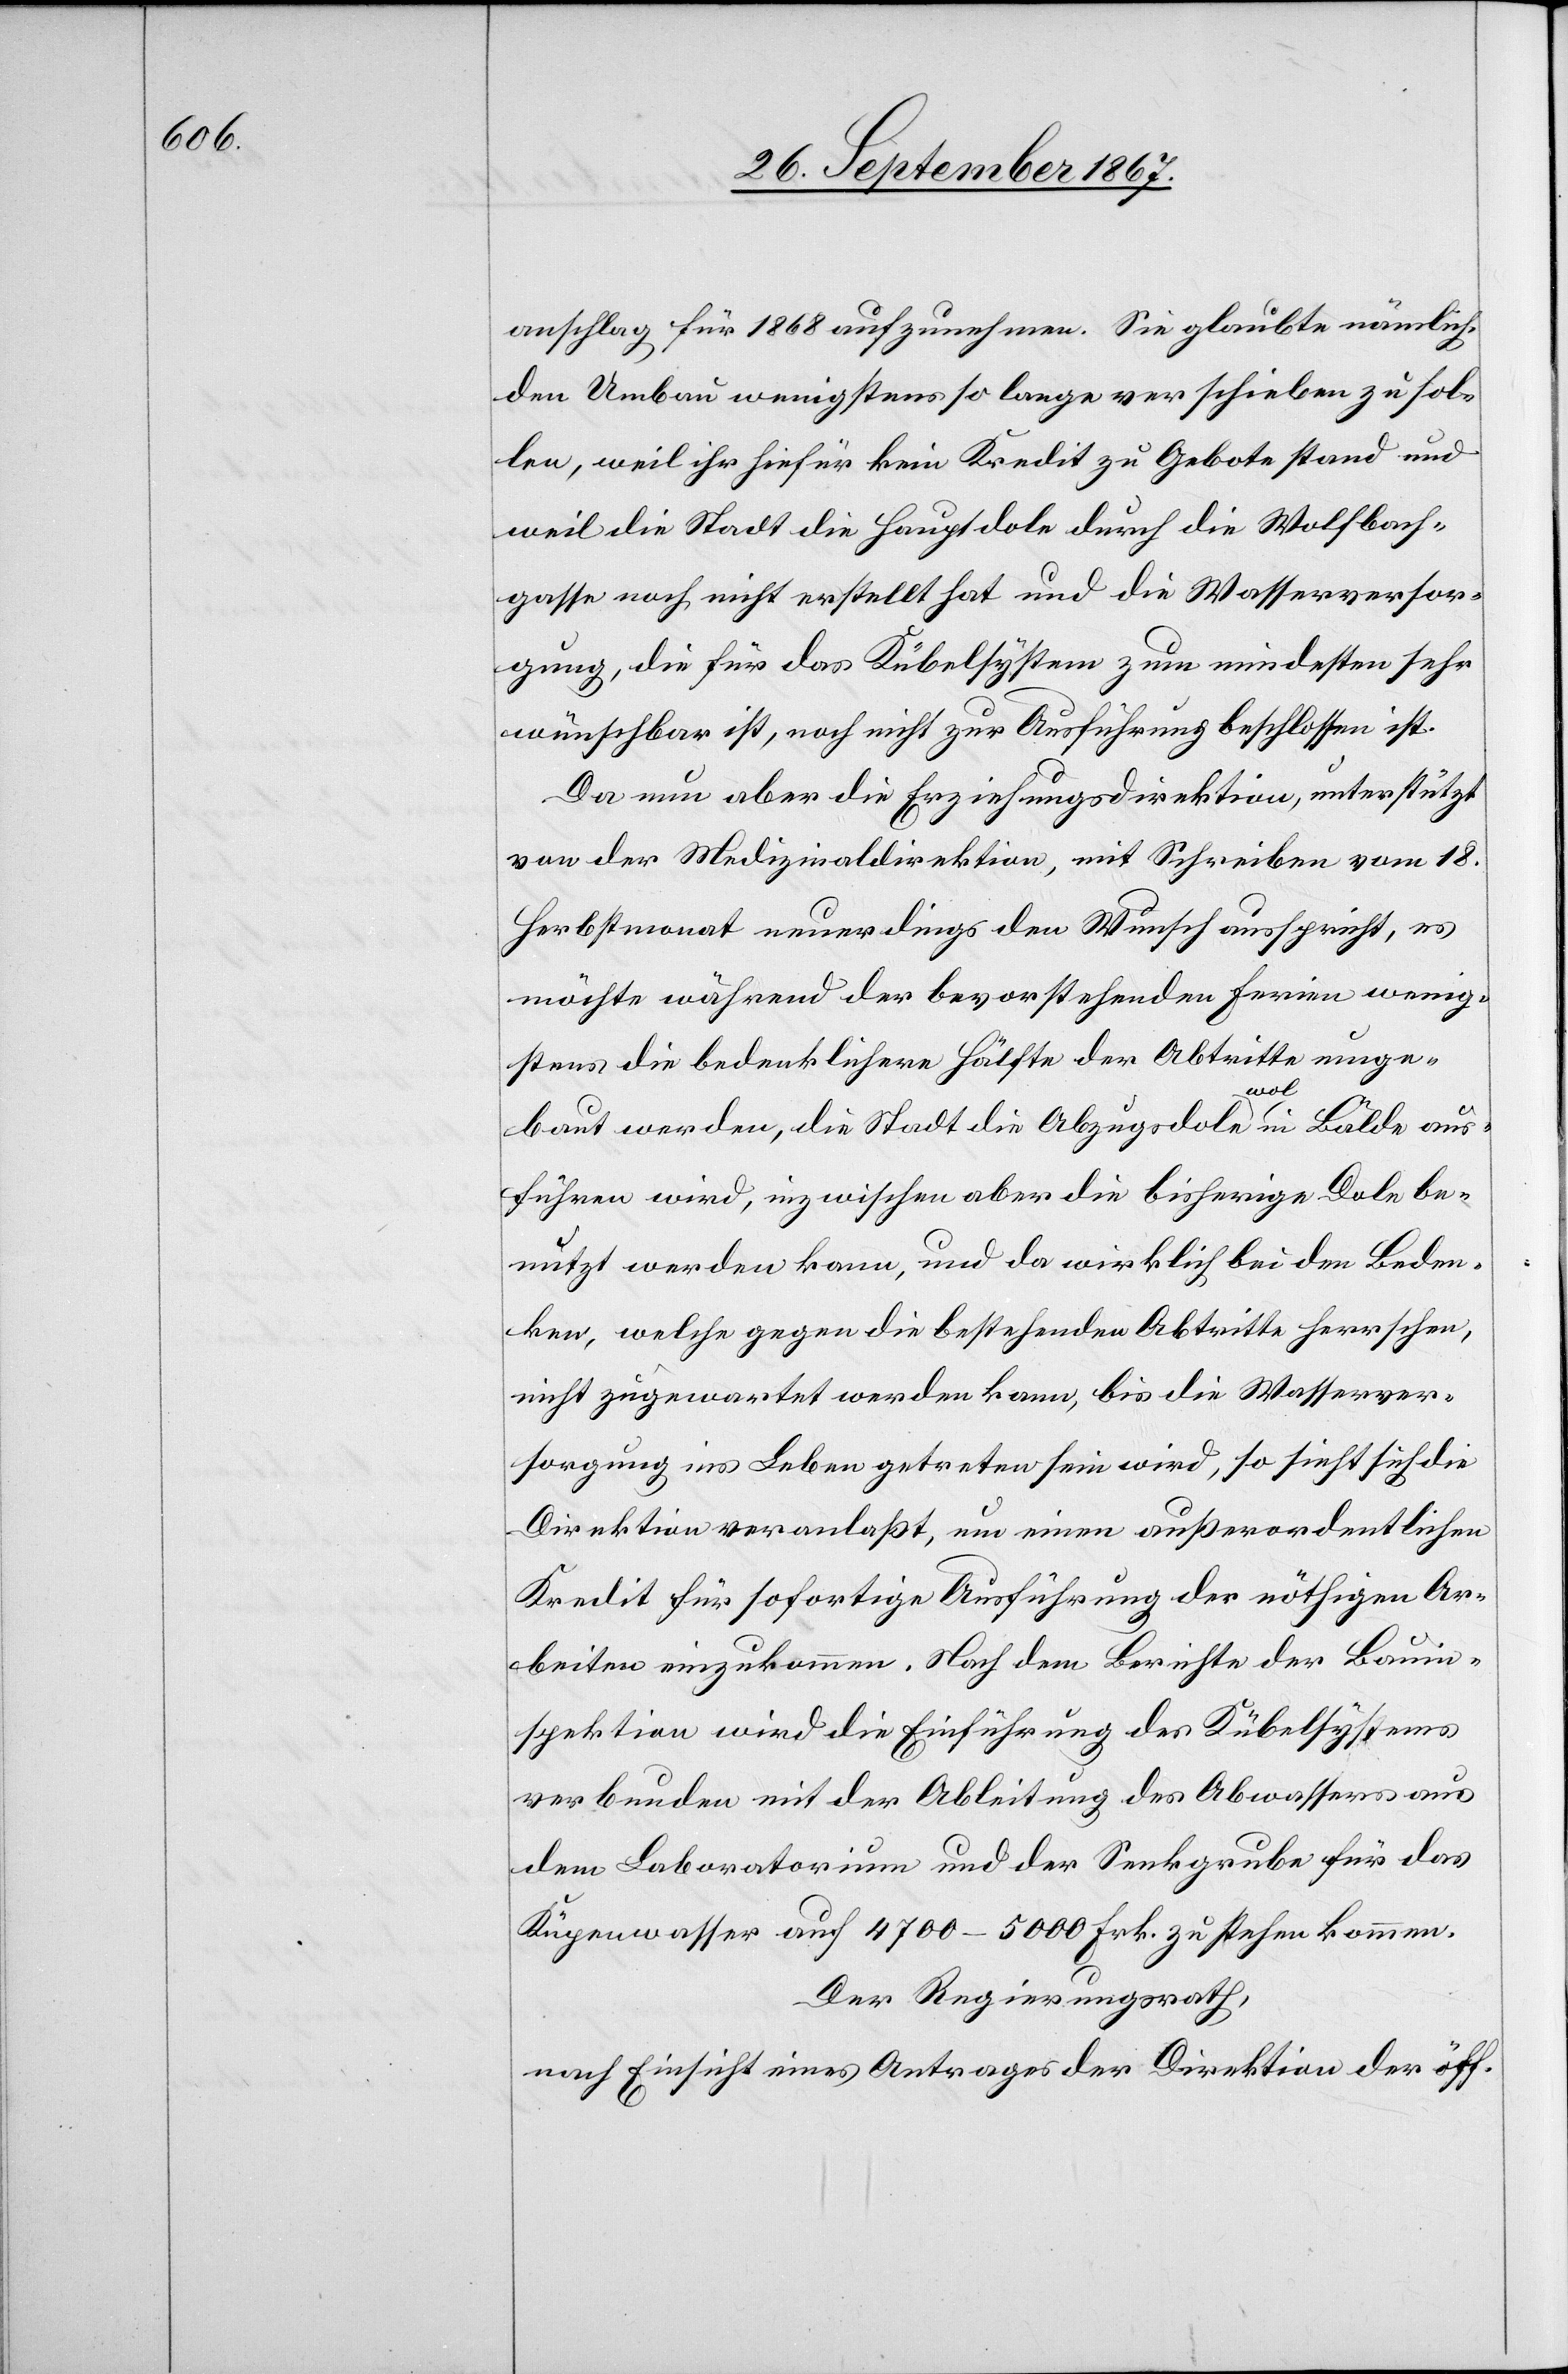
anschlag für 1868 aufzunehmen. Sie glaubte nämlich
den Umbau wenigstens so lange verschieben zu sol¬
len, weil ihr hiefür kein Kredit zu Gebote stand und
weil die Stadt die Hauptdole durch die Wolfbach¬
gasse noch nicht erstellt hat und die Wasserversor¬
gung, die für das Kübelsystem zum mindesten sehr
wünschbar ist, noch nicht zur Ausführung beschlossen ist.
Da nun aber die Erziehungsdirektion, unterstützt
von der Medizinaldirektion, mit Schreiben vom 18.
Herbstmonat neuerdings den Wunsch ausspricht, es
möchte während der bevorstehenden Ferien wenig¬
stens die bedenklichere Hälfte der Abtritte umge¬
baut werden, die Stadt die Abzugsdole wol in Bälde aus¬
führen wird, inzwischen aber die bisherige Dole be¬
nutzt werden kann, und da wirklich bei den Beden¬
ken, welche gegen die bestehenden Abtritte herrschen,
nicht zugewartet werden kann, bis die Wasserver¬
sorgung ins Leben getreten sein wird, so sieht sich die
Direktion veranlaßt, um einen außerordentlichen
Kredit für sofortige Ausführung der nöthigen Ar¬
beiten einzukommen. Nach dem Berichte der Bauin¬
spektion wird die Einführung des Kübelsystems
verbunden mit der Ableitung des Abwassers aus
dem Laboratorium und der Senkgrube für das
Küpenwasser auf 4700–5000 Frk. zu stehen kommen.
Der Regierungsrath,
nach Einsicht eines Antrages der Direktion der öff.